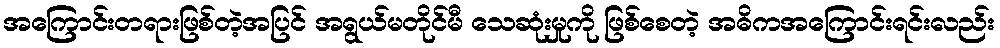
အကြောင်းတရားဖြစ်တဲ့အပြင် အရွယ်မတိုင်မီ သေဆုံးမှုကို ဖြစ်စေတဲ့ အဓိကအကြောင်းရင်းလည်း